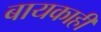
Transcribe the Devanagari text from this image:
बायकाही